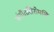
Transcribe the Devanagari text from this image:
संगीतशिरोमणि